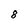
Character: 8